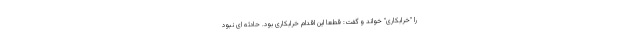
را "خرابکاری" خواند و گفت: قطعا این اقدام خرابکاری بود. حادثه ای نبود